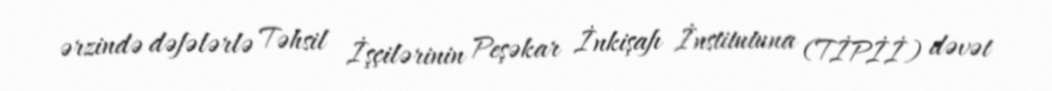
ərzində dəfələrlə Təhsil İşçilərinin Peşəkar İnkişafı İnstitutuna (TİPİİ) dəvət